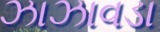
ઝાઝાવડા